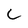
Character: C